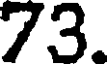
73.